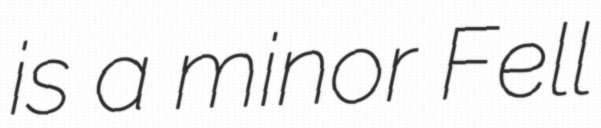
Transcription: is a minor Fell